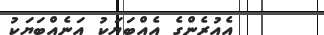
އެއުރެންގެ އެއްބަޔަކު އަނެއްބަޔަކު